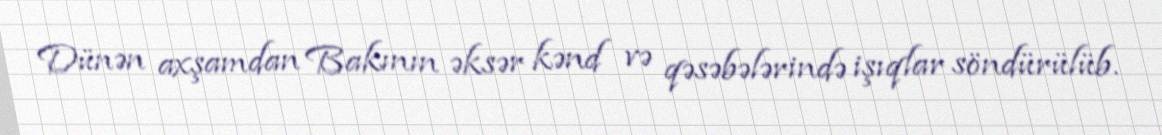
Dünən axşamdan Bakının əksər kənd və qəsəbələrində işıqlar söndürülüb.